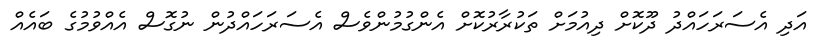
އަދި އެސަރަހައްދު ދޫކޮށް ދިއުމަށް ތަކުރާރުކޮށް އެންގުމުންވެސް އެސަރަހައްދުން ނުގޮސް އެއްވުމުގެ ބައެއް